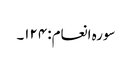
سورہ انعام: ۱۲۴۔